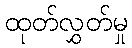
ထုတ်လွှတ်မှု